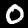
Digit: 0